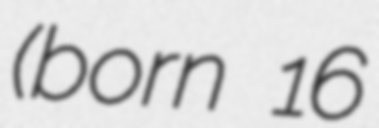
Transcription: (born 16